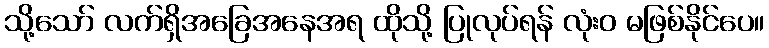
သို့သော် လက်ရှိအခြေအနေအရ ထိုသို့ ပြုလုပ်ရန် လုံးဝ မဖြစ်နိုင်ပေ။